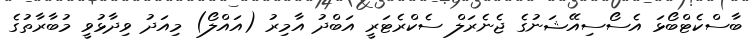
ބާސްކެޓްބޯޅަ އެސޯސިއޭޝަނުގެ ޖެނެރަލް ސެކްރެޓަރީ އަބްދު އާމިރު (އައްލޯ) މިއަދު ވިދާޅުވީ މުބާރާތުގެ